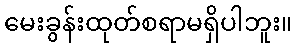
မေးခွန်းထုတ်စရာမရှိပါဘူး။